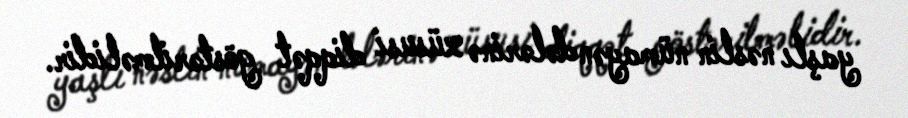
yaşlı nəslin nümayəndələrinə xüsusi diqqət göstərilməlidir.